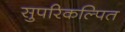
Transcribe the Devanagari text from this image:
सुपरिकल्पित